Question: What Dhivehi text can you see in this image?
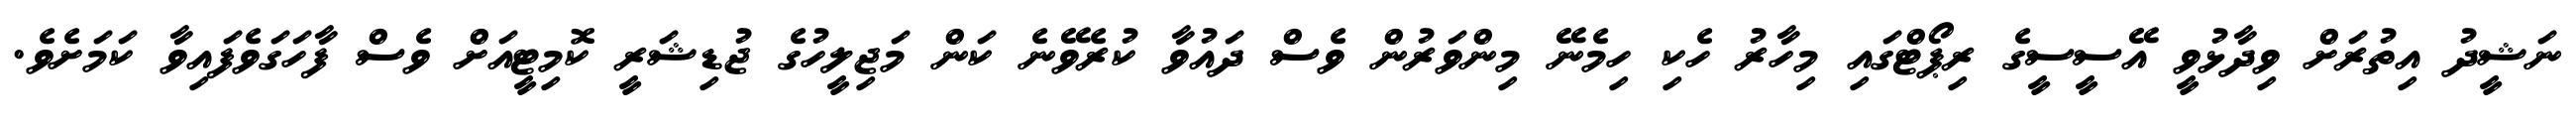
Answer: ނަޝީދު އިތުރަށް ވިދާޅުވީ އޭސީސީގެ ރިޕޯޓްގައި މިހާރު ހެކި ހިމެނޭ މިންވަރުން ވެސް ދައުވާ ކުރެވޭނެ ކަން މަޖިލީހުގެ ޖުޑިޝަރީ ކޮމިޓީއަށް ވެސް ފާހަގަވެފައިވާ ކަމަށެވެ.